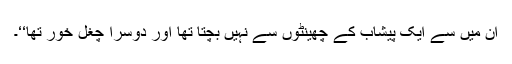
ان میں سے ایک پیشاب کے چھینٹوں سے نہیں بچتا تھا اور دوسرا چغل خور تھا‘‘۔